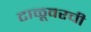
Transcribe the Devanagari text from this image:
टाळूवरची